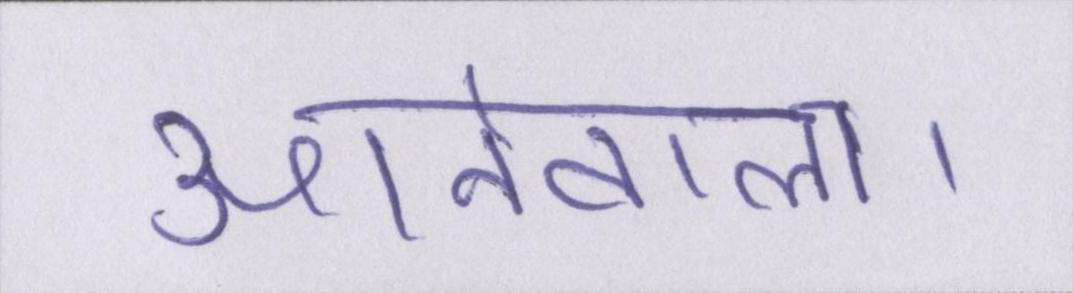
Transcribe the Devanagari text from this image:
आनेवाला।